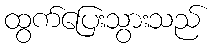
ထွက်ပြေးသွားသည်